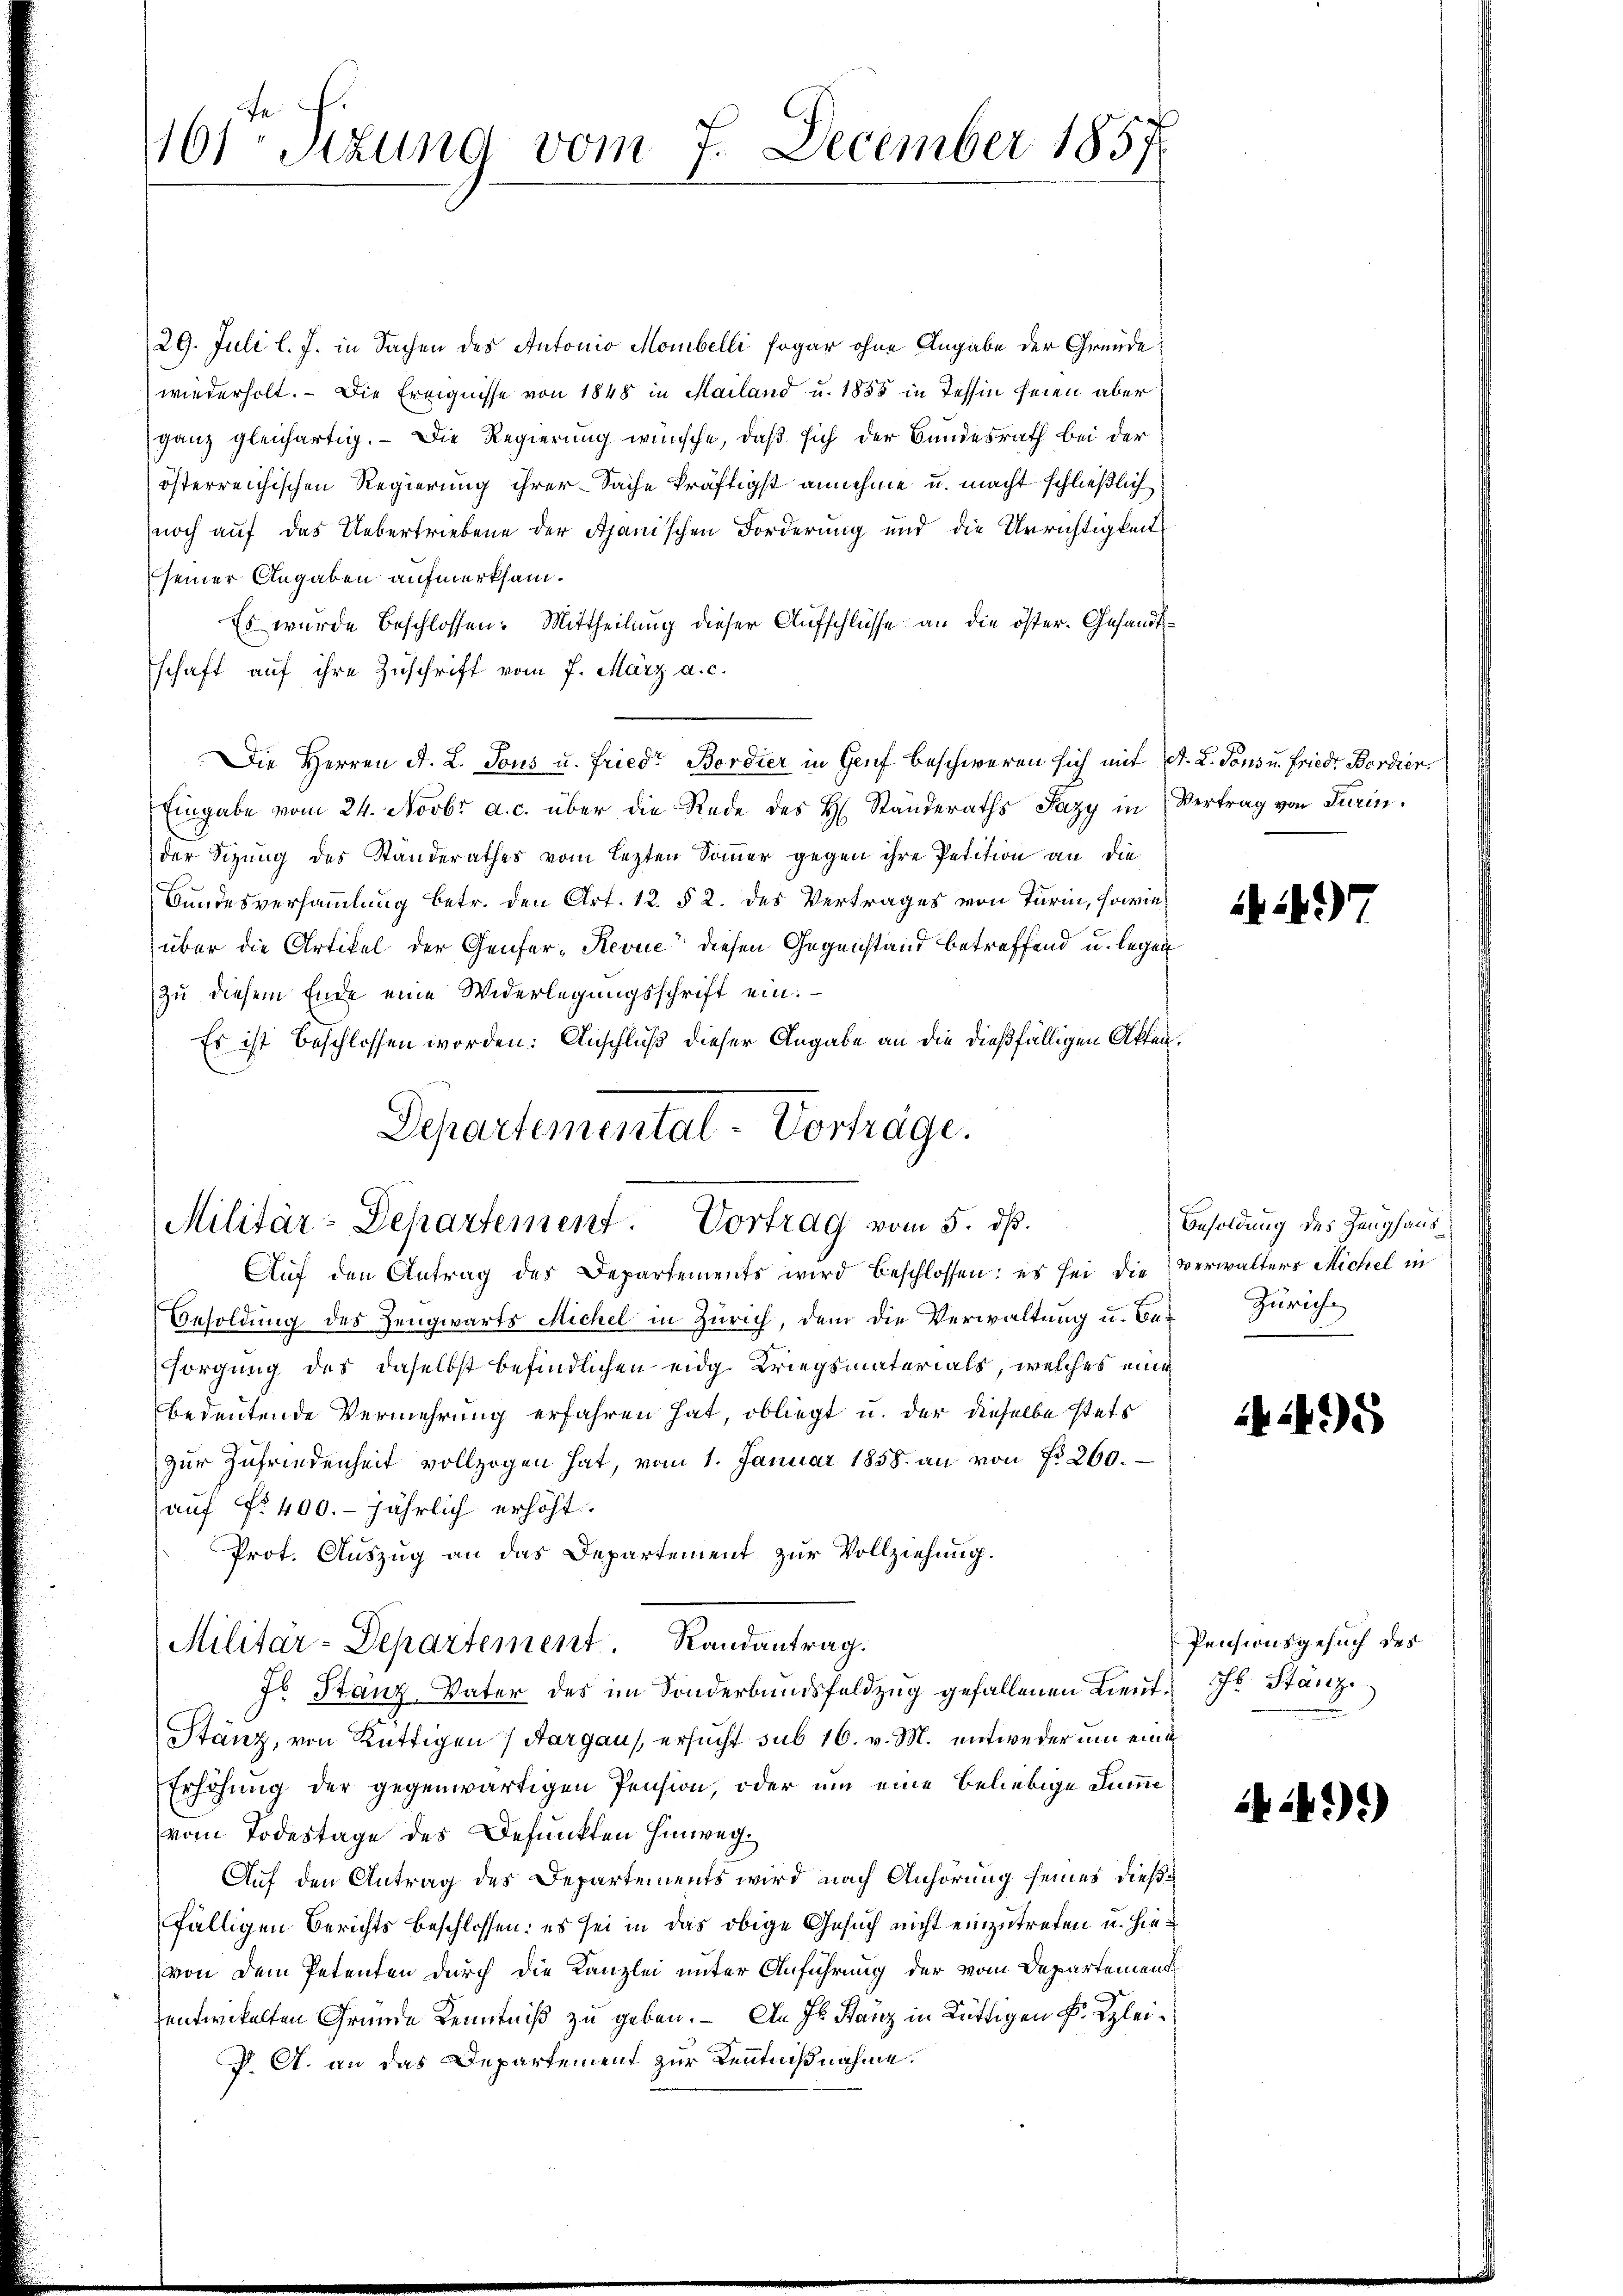
101 Sizung vom 7. December 1857

29. Juli l. J. in Sachen des Antonio Mombelli sogar ohne Angabe der Gründe
wiederholt. - Die Ereignisse von 1848 in Mailand u. 1855 in Tessin seien aber
ganz gleichartig. — Die Regierung wünsche, daß sich der Bundesrath bei der
österreichischen Regierung ihrer Sache kräftigst annehme u. macht schließlich
noch auf das Uebertriebene der Apanischen Forderung und die Unrichtigkeit
seiner Angaben aufmerksam.
Es wurde beschlossen: Mittheilung dieser Aufschlüsse an die öster. Gesandtschaft auf ihre Zuschrift vom 7. März a. c.
Die Herren A. L. Tous u. Friedr Berdier in Genf beschweren sich mit A. L. Tons u. Friedr Bordier
Eingabe vom 24. Novbr. a. c. über die Rede des H. Ständeraths Sazy in Vertrag von Turinder Sizung des Standerathes vom lezten Sommer gegen ihre Petition an die
Bundesversammlung betr. den Art. 12. § 2. des Vertrages von Turin, sowie
über die Artikel der Genfer-Revue diesen Gegenstand betreffend u. legen
zu diesem Ende eine Widerlegungsschrift ein.
Es ist beschlossen worden: Anschluß dieser Angabe an die dießfälligen Akten.
Aŭf den Antrag des Departements wird beschlossen: es sei die Verwalters Michel in
Besoldung des Zeugwarts Michel in Zürich, dem die Verwaltung u. be-Zürichsorgung des daselbst befindlichen eidg Kriegsmaterials, welches eine
bedeutende Vermehrung erfahren hat, obliegt u. der dieselbe stets
zur Zufriedenheit vollzogen hat, vom 1. Januar 1858. an von fr. 260.
(auf No 400. jährlich erhöht.
Prot. Auszug an das Departement zur Vollziehung.
Militär-Departement. Randantrag.
Js Stanz Vater des im Sonderbundsfeldzug gefallenen Lieŭt. J. Stanze
Stänz, von Rüttigen / Aargaus, ersucht sub 16. v. M. entweder um eine
Erhöhung der gegenwärtigen Pension, oder um eine beliebige Summe
vom Todestage des Befunkten Hinweg.
Auf den Antrag der Departements wird nach Anhörung seines dießfälligen Berichts beschlossen: es sei in das obige Gesuch nicht einzutreten u. hievon dem Petenten durch die Kanzlei unter Anführung der vom Departement
entwickelten Gründe Kenntniß zu geben. – An Jb. Stanz in Rüttigen Fr. Klei¬
J. A. an das Departement zur Kenntnißnahme.

Departemental-Vorträge.
Militär-Departement. Vortrag vom 5. dß.

7

Besoldung des Zeughaus
495

Pensionsgesuch des

449)